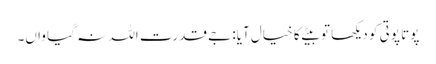
پوتا پوتی کو دیکھا تو بیٹے کا خیال آیا: جے قدرت اللہ نہ گیا واں۔